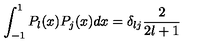
\int _ { - 1 } ^ { 1 } P _ { l } ( x ) P _ { j } ( x ) d x = \delta _ { l j } \frac { 2 } { 2 l + 1 }